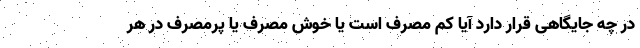
در چه جایگاهی قرار دارد آیا کم مصرف است یا خوش مصرف یا پرمصرف در هر